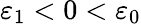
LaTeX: \varepsilon_{1}<0<\varepsilon_{0}